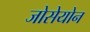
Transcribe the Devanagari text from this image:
जोसेयोन